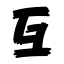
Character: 互